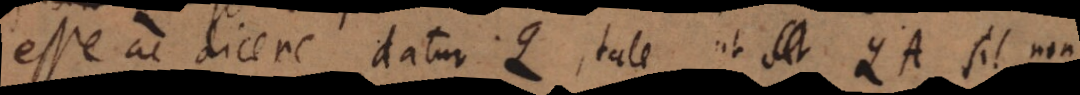
esse ac dicere datur Q, tale ut QA sit non